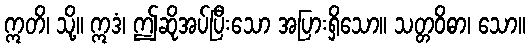
ဣတိ၊ သို့။ ဣဒံ၊ ဤဆိုအပ်ပြီးသော အပြားရှိသော။ သတ္တဝိဓာ၊ သော။